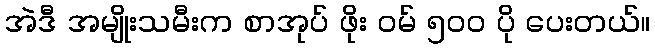
အဲဒီ အမျိုးသမီးက စာအုပ် ဖိုး ဝမ် ၅၀၀ ပို ပေးတယ်။